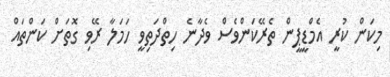
މިކަން ކުރީ އެމްޑީޕީން ތެރޭކަންވެސް ވެދާނެ ހިތްދަތިވީ ހަމަލާ ރޭވި ގޮތަށް ކަންތައް